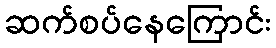
ဆက်စပ်နေကြောင်း